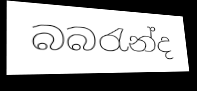
බබරැන්ද